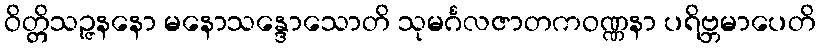
ဝိတ္တိသဉ္ဇနနော မနောသန္ဒောသောတိ သုမင်္ဂလဇာတကဝဏ္ဏနာ ပရိဗ္ဘမာပေတိ